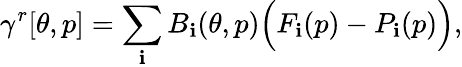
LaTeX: \gamma^{r}[\theta,p]=\sum_{\mathbf{i}}B_{\mathbf{i}}(\theta,p)\Big(F_{\mathbf{i}}(p)-P_{\mathbf{i}}(p)\Big),